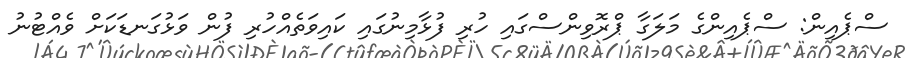
ސްޕެއިން: ސްޕެއިންގެ މަލަގާ ޕްރޮވިންސްގައި ހުރި ފުޅާމިނުގައި ކައިވަތެއްހުރި ފުން ވަޅުގަނޑަކަށް ވެއްޓުނު